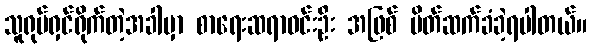
သူရုပ်ရှင်ရိုက်တဲ့အခါမှာ စာရေးဆရာဝင်းဦး အဖြစ် မိတ်ဆက်ခံခဲ့ရပါတယ်။